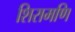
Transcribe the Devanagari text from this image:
शिरामणि